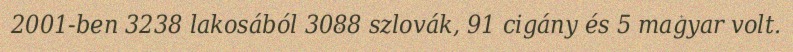
2001-ben 3238 lakosából 3088 szlovák, 91 cigány és 5 magyar volt.